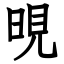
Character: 晛